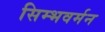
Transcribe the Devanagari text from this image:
सिम्भवर्मन